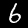
Label: 6